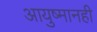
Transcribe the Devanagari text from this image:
आयुष्मानही